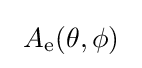
\ A_{\text{e}}(\theta ,\phi )\